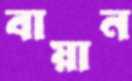
বায়ান